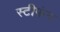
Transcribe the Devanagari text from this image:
स्टीफंन